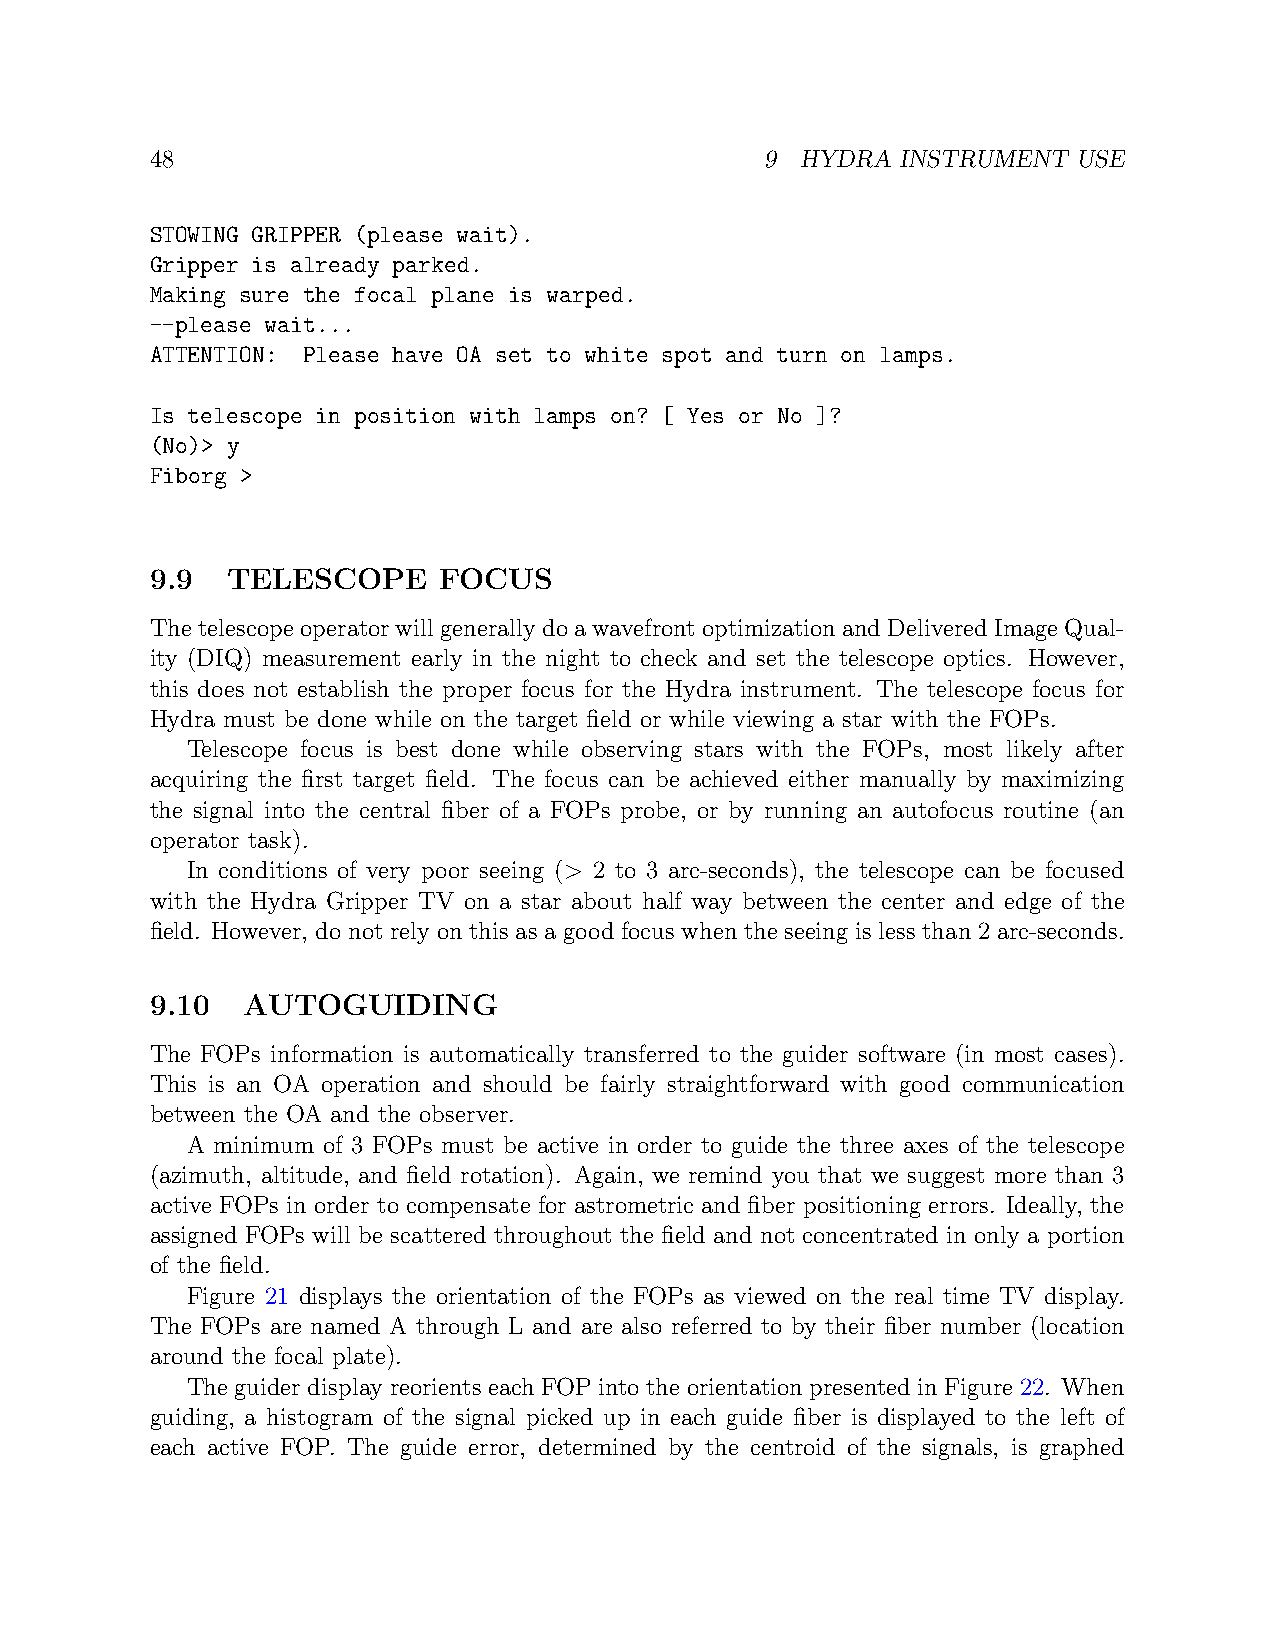
48                                       9 HYDRA  INSTRUMENT USE
 STOWING GRIPPER (please wait).
 Gripper is already parked.
 Making sure the focal plane is warped.
 --please wait...
 ATTENTION: Please have OA set to white spot and turn on lamps.
 Is telescope in position with lamps on? [ Yes or No ]?
 (No)> y
 Fiborg >
 9.9  TELESCOPE     FOCUS
 The telescope operator will generally do a wavefront optimization and Delivered Image Qual-
 ity (DIQ) measurement early in the night to check and set the telescope optics. However,
 this does not establish the proper focus for the Hydra instrument. The telescope focus for
 Hydra must be done while on the target field or while viewing a star with the FOPs.
 Telescope focus is best done while observing stars with the FOPs, most likely after
 acquiring the first target field. The focus can be achieved either manually by maximizing
 the signal into the central fiber of a FOPs probe, or by running an autofocus routine (an
 operator task).
 In conditions of very poor seeing (> 2 to 3 arc-seconds), the telescope can be focused
 with the Hydra Gripper TV on a star about half way between the center and edge of the
 field. However, do not rely on this as a good focus when the seeing is less than 2 arc-seconds.
 9.10  AUTOGUIDING
 The FOPs information is automatically transferred to the guider software (in most cases).
 This is an OA operation and should be fairly straightforward with good communication
 between the OA and the observer.
 A minimum of 3 FOPs must be active in order to guide the three axes of the telescope
 (azimuth, altitude, and field rotation). Again, we remind you that we suggest more than 3
 active FOPs in order to compensate for astrometric and fiber positioning errors. Ideally, the
 assigned FOPs will be scattered throughout the field and not concentrated in only a portion
 of the field.
 Figure 21 displays the orientation of the FOPs as viewed on the real time TV display.
 The FOPs are named A through L and are also referred to by their fiber number (location
 around the focal plate).
 The guider display reorients each FOP into the orientation presented in Figure 22. When
 guiding, a histogram of the signal picked up in each guide fiber is displayed to the left of
 each active FOP. The guide error, determined by the centroid of the signals, is graphed